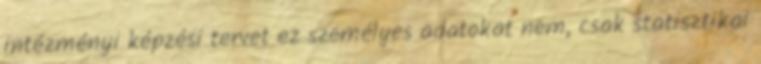
intézményi képzési tervet ez személyes adatokat nem, csak statisztikai